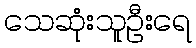
သေဆုံးသူဦးရေ